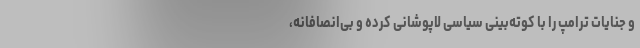
و جنایات ترامپ را با کوته‌بینی سیاسی لاپوشانی کرده و بی‌انصافانه،